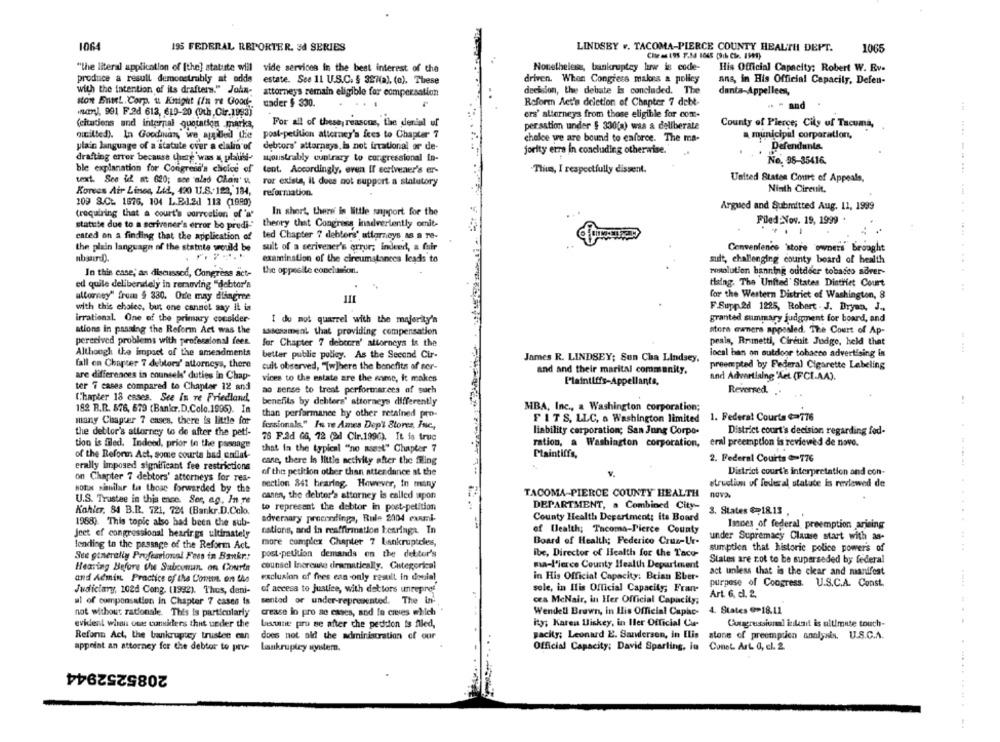
1064
195 FEDERAL REPORTER. så SERIES
LINDSBY .. TACOMA-PIERCE COUNTY HEALTH DEPT.
1065
Nonetheless, bankruptcy law is code-
"the literal application of [the] statute wiil vide services in the best interest of the
His Official Capacity: Robert W. Rv.
produce a result demonstrably at odds
estate. See 11 U.S.C. § 327(a), (o). These
driven. When Congress makes a policy
ans, in His Official Capacity, Defen-
with the intention of its drafters." John-
decision, the debate Is concluded. The
attorney's remain eligible for compensation
danta-Appellees,
ston EntL Corp. u Knight (In ve Good-
dader $ 330.
Reform Act's deletion of Chapter 7 debt-
mary, 991 F.2d 613, 610-20 (9th, Cir.1993)
. - and
ers' alterneys from those eligible for com-
(citations and internal quotation marks,
For all of these reasons, the denial uf
persation under $ 330(a) was a deliberate
County of Pierce; Cily uf Tacuma,
municipal corporation,
quilted). In Goodinan,' we apgibied the
post-petition attorney's fees to Chapter 7
chalce we are bound to enforce. The ma-
plain language of a statute over a clalin of
debtors' attorneys,is not irrational or de-
Defendants.
jority erre in concluding otherwise.
drafting error because there was a plauti-
syoustrably contrary to congressional in-
No. 98-35416.
ble explanation for Congrend's choice of
lent. Accordingly, even If scrivener's er-
Thun, I respectfully dissent.
text. See id nt 620; sce alad Chan's
United States Court of Appeals,
ror existe, il does not support a statutory
Korean Air Lines, Ltd ., 420 11.8.129, 134,
reformation.
Ninth Circuit.
109 3.Ct. 1576, 104 L.B.J.2. 113 (1980)
Argued and Submitted Aug. 11, 1999
(requiring that a court's correction of 'a'
In short, there is little support for the
Filed:Nov. 19, 1999 .
statute due to a scrivener's error bo predi"
theory that Congress inadvertently omit-
cated on a finding that the application of
ted Chapter 7 deblers' attorneys as a re-
the plain language of the statute would be
sult of a serivener's error; indeed, a fair
Convenience 'store owners brought
absurdD.
examination of the circumstances leads to
sult, challenging county board of health
In this case; as discussed, Congress act-
the opposite conclusion.
resolution banning outdecr tobacco adver-
thaing. The United States District Court
ed quile delibendely in removing "debtor's
ultorney" from $ 330. Orte may disagree
for the Western District of Washington, 8
with this choice, but one cannot say it is
F.Supp .2d 1225, Robert . J. Dryan, J .,
irrational. One of the primary consider-
I do not quarrel with the majority's
granted summary judgment for board, and
ations in passing the Reform Act was the
assessment that providing compensation
ators exners appealed. The Court of Ap-
perceived problems with professional fees.
peais, Brunetti, Circuit Judge, held that
for Chapter 7 debeers' attorneys is the
Although the impact of the amendments
better public policy. As the Second Cir-
local han an outdoor tobacco advertising is
fall en Chapter 7 debtors' attorneys, there
James R. LINDSEY; Sun Cha Lindsey,
cuit observed, "Tw]here the benefits af ser-
and and their marital community,
preempted by Federal Cigarette Labeling
are differences in counsels' duties in Chap-
vices to the estate are the same, it makes
and Advertising 'Aet (FCLAA).
Plaintiffs-Appellants,
ter 7 cases compared to Chapter 12 and
ao sense to treat performances of such
Reverred.
Chapter 18 cases. See In re Friedland,
182 R.R. 576, 679 (Bankr.D.Colo.1996). In
benefits by deblers' attorneys differently
MBA, Inc ., a Washington corporation;
than performance hy other retained pro-
many Chapter 7 cases, there is little for
FITS, LLC, a Washington limited
1. Federal Courts $=776
fessionals." In ve Ames Dep' Stores, Inc .,
liability corporation; San Jung Corpo-
District court's decision regarding fod-
the debtor's attorney to de after the petf-
76 F.2d GG, 72 (ad Cir.1996). It is truc
tion is filed. Indeed, prior to the passage
ration, a Washington corporation, eral preemption is reviewed de nove.
that in the typical "no musst" Chapter 7
of the Reform Act, some courte had enllat-
cane, there is little netivity after the filing
Plaintiffs,
2. Federal Courts =776
erally imposed significant fee restrictions
of the petition other than attendance at the
District court's interpretation and con-
on Chapter 7 debtors' attorneys for rea-
struction of federal statate is reviewed de
sotia similar to those forwarded by the
nection 841 hearing. However, In many
canen, the debter's attorney is called upon
TACOMA-PIERCE COUNTY HEALTH
U.S. Trustee in this ence. Ser, ag, In re
DEPARTMENT, a Combined City-
Kohler, 84 B.R. 121, 724 (Bankr.D.Colo.
to represent the debtor in post-petition
3. States @18.13 .
adversary proceedings, Rule 2004 exami-
County Health Department: its Board
1968). This topic also had been the sub-
Isces of federal preemption arising
Jeet ef congressional hearings ultimately
nations, and in reaffirmation bearings. In
of Health; Tacoma-Pierce County
more complex Chapter 7 bankruptzles,
Board of Health; Federico Cruz-Ur-
under Supremacy Clause start with as-
lending to the passage of the Reform Act.
sumption that historic police powers of
Ste generally Professional Fess in Bankr .:
post-petition demands on the debtor's
ibe, Director of Health for the Taco-
ma-l'lerce County Health Department
States are not to be superseded by federal
Hearing Before Vu Sabconun. on Courte
counsel Increase drsenatically. Categorical
act unless that is the clear and manifest
and Admin. Practice of the Cont. on the
exclusion of fees can only result in denial
in His Official Capacity: Beian Eber-
purpose of Congress.
U.S.C.A. Const.
Judiciary, 102d Cong. (1992). Thus, dani-
of access to justice, with dettors unrepres
sole, in Ilis Official Capacity; Fran-
Art. 6. d. 2.
ul of compensation in Chapter 7 cases is
sented or under-represented. The in-
cea MeNair, in Her Official Capacity;
not without rationale. This is particularly
crease in pro se esses, and in cases which
Wendell Brown, in His Official Capho-
4. States @18.11
evident when owe cuniders thut under the
becine pro se after che pedidon is filed,
ity; Karen Wiskey, in Ier Official Cur-
Congressional inkit is ultimate touch-
Reform Act, the bankruptcy trustee can
does not ald the administration of our
pacity; Leonard E. Sanderson, in Elis
atone of preemption analysis. U.S.C.A.
appoint an attorney for the debtor to pru-
Lankrupley systern.
Official Capacity; David Sparling, in
Conet. Art. a, ch. 2.
2085252944
......